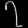
Digit: ၇